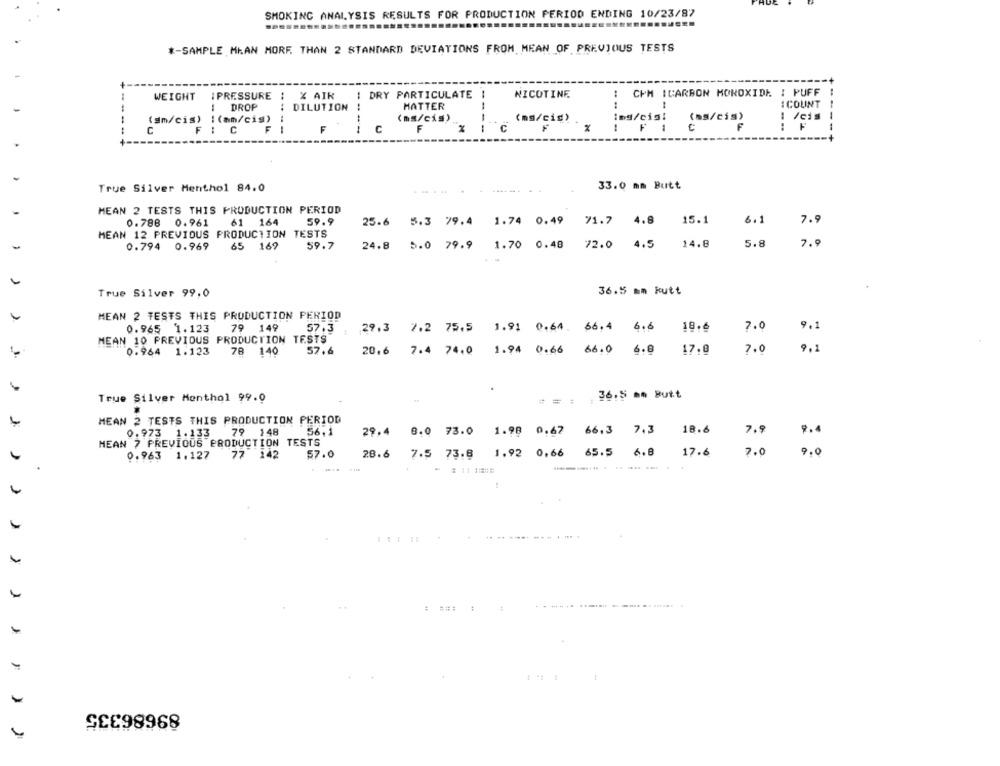
SMOKING ANALYSIS RESULTS FOR PRODUCTION PERIOD ENDING 10/23/87
*- SAMPLE MEAN MORE THAN 2 STANDARD DEVIATIONS FROM MEAN OF PREVIOUS TESTS
WEIGHT
IPRESSURE : % AIR
DRY PARTICULATE
NICOTINE
CPM ICARBON MONOXIDE ! PUFF
DROP
DILUTION
HATTER
--
. ..
I COUNT
(sm/cis) : (am/cis)
--
(ms/cis)
-
! Vei
C
----
C
F
X
-
True Silver Menthol 84.0
33.0 mm Butt
MEAN 2 TESTS THIS PRODUCTION PERIOD
0.788 0.961
61 164
59.9
25.6
5.3 79.4
1.74 0.49 71.7 4.8
15.1
6.1
7.9
71.7 4.8
MEAN 12 PREVIOUS PRODUCTION TESTS
0.794 0.969
65 169
59.7
24.8
5.0 79.9
1.70 0.48
72.0
4.5
14.8
5.8
7.9
36.5 mm kutt
True Silver 99,0
MEAN 2 TESTS THIS PRODUCTION PERIOD
0.965
1.123
79 149
57.3
29.3 7.2 75.5 1.91 0.64. 66,4 6.6
18.6
7.0
9.1
MEAN 10 PREVIOUS PRODUCTION TESTS
0.964 1.123
78 140
57.6
20.6 7.4 74.0
1.94 0.66 66.0
6.8
17.8
7.0
9.1
True Silver Menthol 99.0
36,5 mm Butt
MEAN 2 TESTS THIS PRODUCTION PERIOD
29.4 8.0 73.0 1.98 0.62 66.3 7.3
18.6
7.9
0.973 1.133
79 148
56.1
MEAN 7 PREVIOUS PRODUCTION TESTS
28.6 7.5 73.8 1.92 0,66 65.5 6.8
17.6
7.0
9.0
0.963 1.127
77 142
57.0
.-....... . ..... ...
-
....
89686335